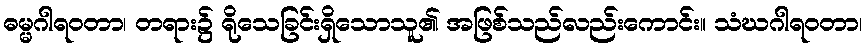
ဓမ္မဂါရဝတာ၊ တရား၌ ရိုသေခြင်းရှိသောသူ၏ အဖြစ်သည်လည်းကောင်း။ သံဃဂါရဝတာ၊